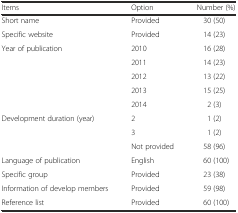
<table><thead><tr><td><b>Items</b></td><td><b>Option</b></td><td><b>Number (%)</b></td></tr></thead><tbody><tr><td>Short name</td><td>Provided</td><td>30 (50)</td></tr><tr><td>Specific website</td><td>Provided</td><td>14 (23)</td></tr><tr><td rowspan="5">Year of publication</td><td>2010</td><td>16 (28)</td></tr><tr><td>2011</td><td>14 (23)</td></tr><tr><td>2012</td><td>13 (22)</td></tr><tr><td>2013</td><td>15 (25)</td></tr><tr><td>2014</td><td>2 (3)</td></tr><tr><td rowspan="3">Development duration (year)</td><td>2</td><td>1 (2)</td></tr><tr><td>3</td><td>1 (2)</td></tr><tr><td>Not provided</td><td>58 (96)</td></tr><tr><td>Language of publication</td><td>English</td><td>60 (100)</td></tr><tr><td>Specific group</td><td>Provided</td><td>23 (38)</td></tr><tr><td>Information of develop members</td><td>Provided</td><td>59 (98)</td></tr><tr><td>Reference list</td><td>Provided</td><td>60 (100)</td></tr></tbody></table>